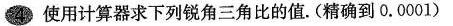
4 使用计算器求下列锐角三角比的值.(精确到0.0001)